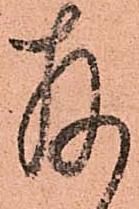
存